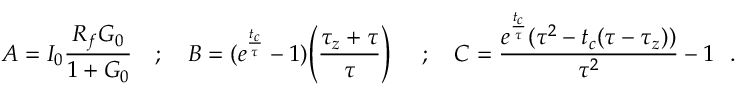
A = I _ { 0 } \frac { R _ { f } G _ { 0 } } { 1 + G _ { 0 } } ~ ~ ~ ; ~ ~ ~ B = ( e ^ { \frac { t _ { c } } { \tau } } - 1 ) \Bigg ( \frac { \tau _ { z } + \tau } { \tau } \Bigg ) ~ ~ ~ ~ ; ~ ~ ~ C = \frac { e ^ { \frac { t _ { c } } { \tau } } ( \tau ^ { 2 } - t _ { c } ( \tau - \tau _ { z } ) ) } { \tau ^ { 2 } } - 1 ~ ~ .